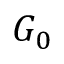
G _ { 0 }